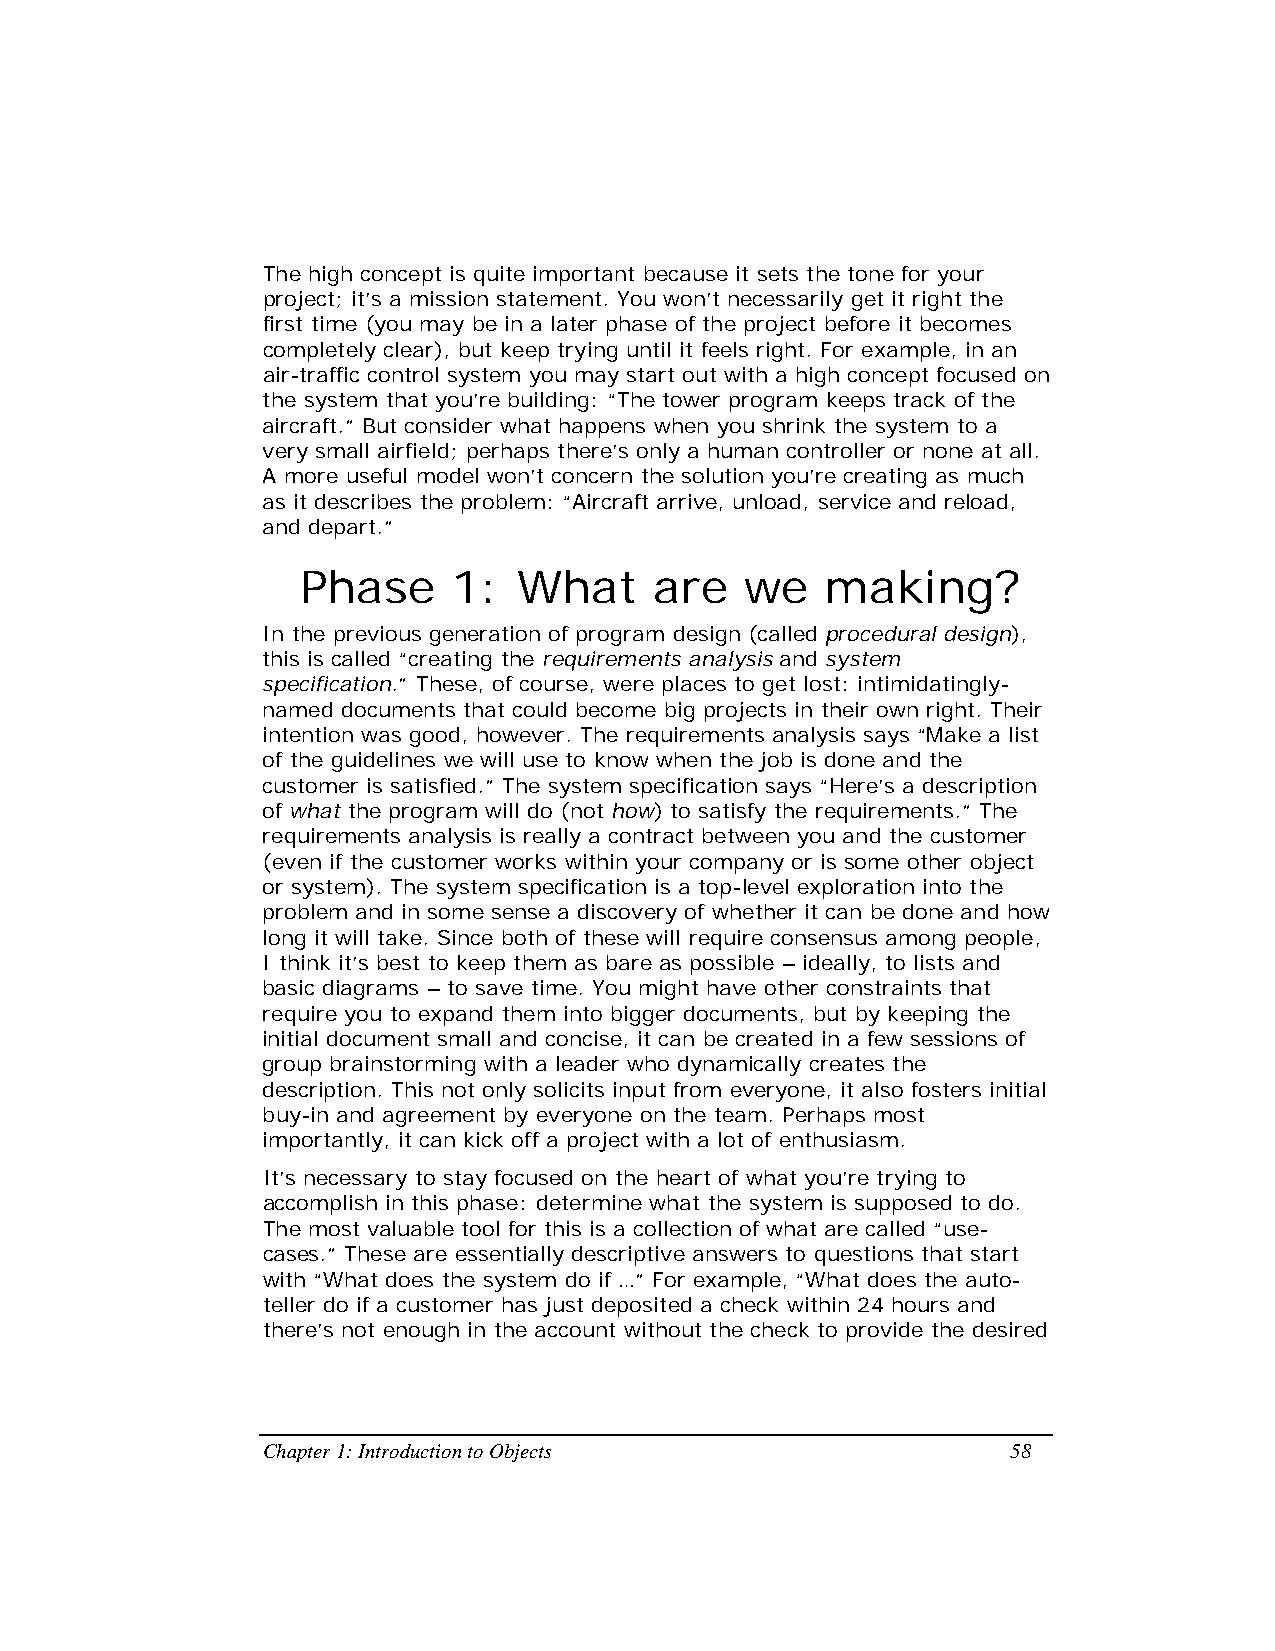
The high concept is quite important because it sets the tone for your
 project; it’s a mission statement. You won’t necessarily get it right the
 first time (you may be in a later phase of the project before it becomes
 completely clear), but keep trying until it feels right. For example, in an
 air-traffic control system you may start out with a high concept focused on
 the system that you’re building: “The tower program keeps track of the
 aircraft.” But consider what happens when you shrink the system to a
 very small airfield; perhaps there’s only a human controller or none at all.
 A more useful model won’t concern the solution you’re creating as much
 as it describes the problem: “Aircraft arrive, unload, service and reload,
 and depart.”
 Phase     1:  What     are   we    making?
 In the previous generation of program design (called procedural design),
 this is called “creating the requirements analysis and system
 specification.” These, of course, were places to get lost: intimidatingly-
 named documents that could become big projects in their own right. Their
 intention was good, however. The requirements analysis says “Make a list
 of the guidelines we will use to know when the job is done and the
 customer is satisfied.” The system specification says “Here’s a description
 of what the program will do (not how) to satisfy the requirements.” The
 requirements analysis is really a contract between you and the customer
 (even if the customer works within your company or is some other object
 or system). The system specification is a top-level exploration into the
 problem and in some sense a discovery of whether it can be done and how
 long it will take. Since both of these will require consensus among people,
 I think it’s best to keep them as bare as possible – ideally, to lists and
 basic diagrams – to save time. You might have other constraints that
 require you to expand them into bigger documents, but by keeping the
 initial document small and concise, it can be created in a few sessions of
 group brainstorming with a leader who dynamically creates the
 description. This not only solicits input from everyone, it also fosters initial
 buy-in and agreement by everyone on the team. Perhaps most
 importantly, it can kick off a project with a lot of enthusiasm.
 It’s necessary to stay focused on the heart of what you’re trying to
 accomplish in this phase: determine what the system is supposed to do.
 The most valuable tool for this is a collection of what are called “use-
 cases.” These are essentially descriptive answers to questions that start
 with “What does the system do if …” For example, “What does the auto-
 teller do if a customer has just deposited a check within 24 hours and
 there’s not enough in the account without the check to provide the desired
 Chapter 1: Introduction to Objects                58